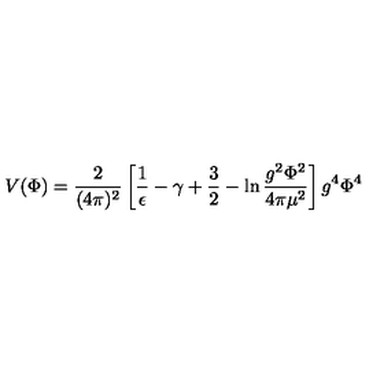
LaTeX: V ( \Phi ) = \frac { 2 } { ( 4 \pi ) ^ { 2 } } \left[ \frac { 1 } { \epsilon } - \gamma + \frac { 3 } { 2 } - \ln \frac { g ^ { 2 } \Phi ^ { 2 } } { 4 \pi \mu ^ { 2 } } \right] g ^ { 4 } \Phi ^ { 4 }